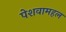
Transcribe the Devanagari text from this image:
पेशवामहल